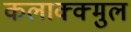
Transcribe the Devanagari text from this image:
कलाक्क्मुल